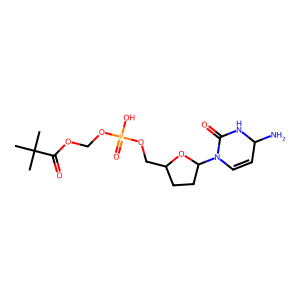
SMILES: CC(C)(C)C(=O)OCOP(=O)(O)OCC1CCC(N2C=CC(N)NC2=O)O1
Inhibits HIV replication: Yes